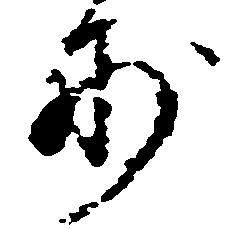
妙